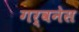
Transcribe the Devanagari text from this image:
गर्वनेस